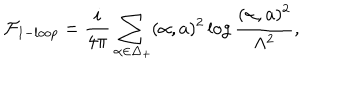
{ \cal F } _ { 1 - l o o p } = { \frac { i } { 4 \pi } } \sum _ { \alpha \in \Delta _ { + } } ( \alpha , a ) ^ { 2 } \log { \frac { ( \alpha , a ) ^ { 2 } } { \Lambda ^ { 2 } } } ,